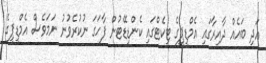
އަދި ބައެއް ދާއިރާގައި އެމްޑީޕީގެ ޓިކެޓްގައި ކެންޑިޑޭޓުން ފާހަގަ ނުކުރެވުނު ނަމަވެސް އެމްޑީޕީގެ